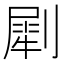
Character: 㓾